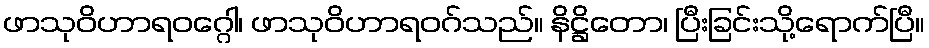
ဖာသုဝိဟာရဝဂ္ဂေါ၊ ဖာသုဝိဟာရဝဂ်သည်။ နိဋ္ဌိတော၊ ပြီးခြင်းသို့ရောက်ပြီ။